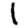
Digit: 1